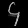
Digit: ၄